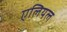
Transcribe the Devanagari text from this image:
एलियल